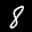
Label: 8